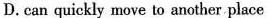
D. can quickly move to another place